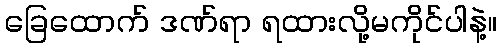
ခြေထောက် ဒဏ်ရာ ရထားလို့မကိုင်ပါနဲ့။